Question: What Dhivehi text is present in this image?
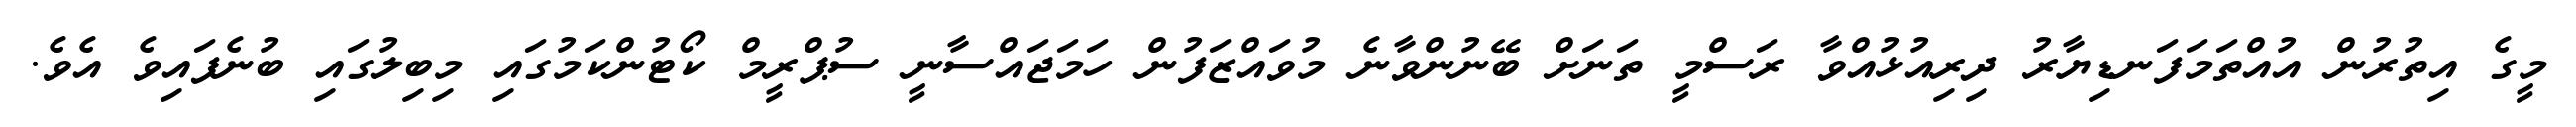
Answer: މީގެ އިތުރުން އުއްތަމަފަނޑިޔާރު ދިރިއުޅުއްވާ ރަސްމީ ތަނަށް ބޭނުންވާނެ މުވައްޒަފުން ހަމަޖައްސާނީ ސުޕްރީމް ކޯޓުންކަމުގައި މިބިލުގައި ބުނެފައިވެ އެވެ.